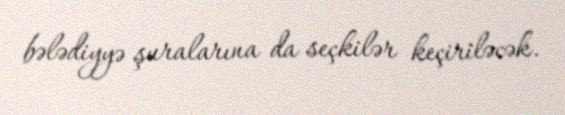
bələdiyyə şuralarına da seçkilər keçiriləcək.